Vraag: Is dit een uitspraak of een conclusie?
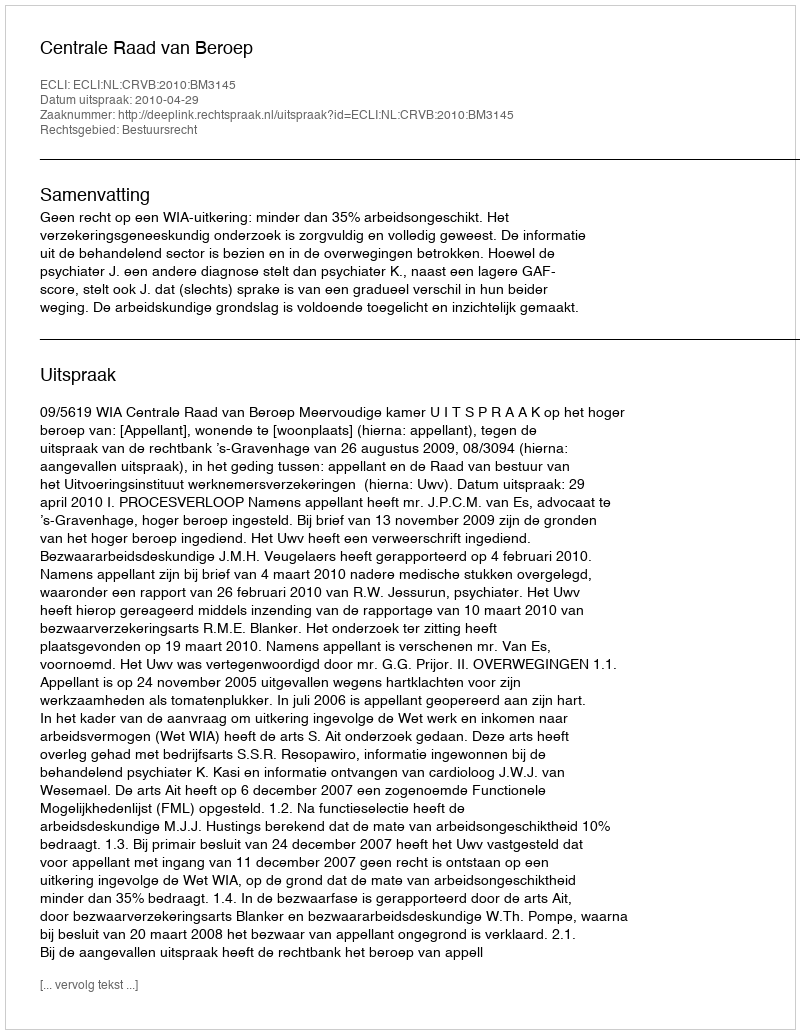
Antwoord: Uitspraak